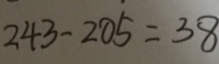
2 4 3 - 2 0 5 = 3 8